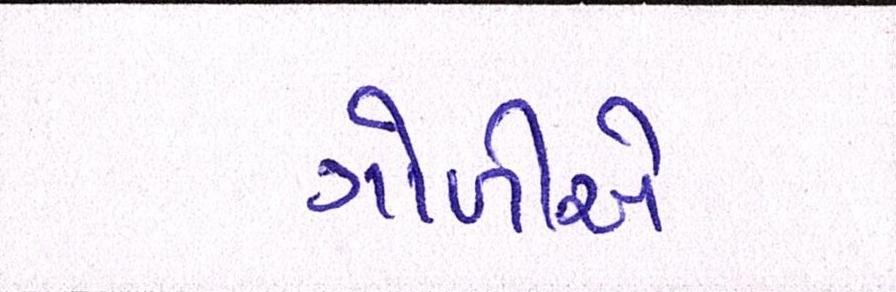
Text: ગોળીએ